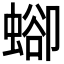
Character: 𧍕